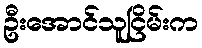
ဦးအောင်သူငြိမ်းက